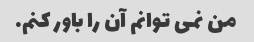
من نمی توانم آن را باور کنم.